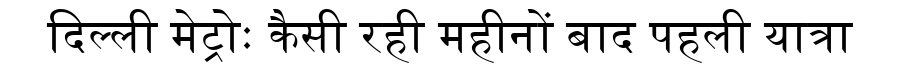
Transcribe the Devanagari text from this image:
दिल्ली मेट्रोः कैसी रही महीनों बाद पहली यात्रा